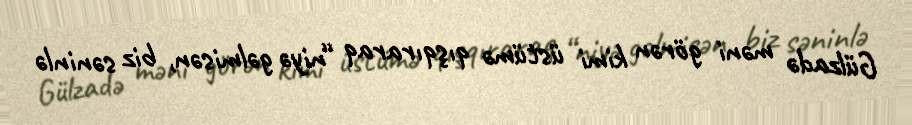
Gülzadə məni görən kimi üstümə qışqıraraq “niyə gəlmisən, biz səninlə